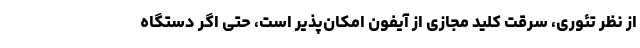
از نظر تئوری، سرقت کلید مجازی از آیفون امکان‌پذیر است، حتی اگر دستگاه